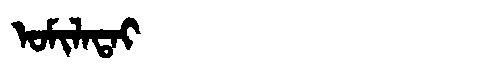
Manchu: ᠣᠮᡳᠯᠠᡨᠠᡳ
Romanization: OMILATAI